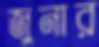
জুনার